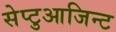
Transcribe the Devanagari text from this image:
सेप्टुआजिन्ट